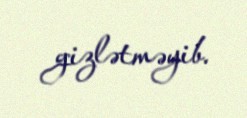
gizlətməyib.